Calcutta medical institutions reports 1871-78
Year: 1871
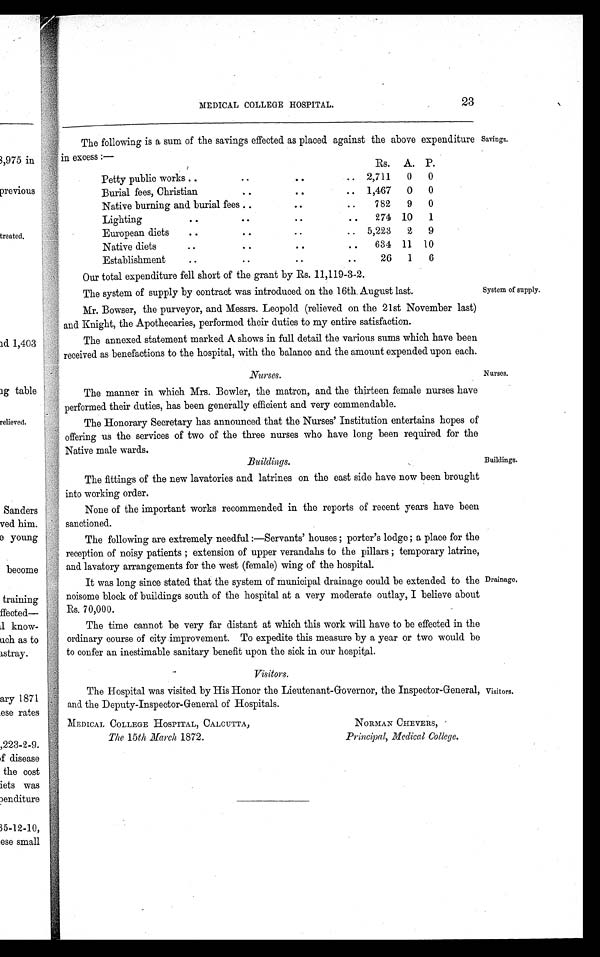
Nurses.
Nurses.
Buildings.
Buildings.
MEDICAL COLLEGE HOSPITAL. 23
The following is a sum of the savings effected as placed against the above expenditure
in excess:—
Rs. A. P.
Petty public works
. .
. .
..
2,711
0
0
Burial fees, Christian
. .
. .
.. 1,467
0
0
Native burning and burial fees . .
. .
..
782
9
0
Lighting
. .
. .
..
274 10
1
European diets
. .
. .
.. 5,223
2
9
Native diets
. .
. .
..
634 11 10
Establishment
. .
. .
..
26
1
6
Our total expenditure fell short of the grant by Rs. 11,119-3-2.
The system of supply by contract was introduced on the 16th August last.
Mr. Bowser, the purveyor, and Messrs. Leopold (relieved on the 21st November last)
and Knight, the Apothecaries, performed their duties to my entire satisfaction.
The annexed statement marked A shows in full detail the various sums which have been
received as benefactions to the hospital, with the balance and the amount expended upon each.
Savings.
System of supply.
The manner in which Mrs. Bowler, the matron, and the thirteen female nurses have
performed their duties, has been generally efficient and very commendable.
The Honorary Secretary has announced that the Nurses' Institution entertains hopes of
offering us the services of two of the three nurses who have long been required for the
Native male wards.
The fittings of the new lavatories and latrines on the east side have now been brought
into working order.
None of the important works recommended in the reports of recent years have been
sanctioned.
The following are extremely needful:—Servants' houses; porter's lodge; a place for the
reception of noisy patients; extension of upper verandahs to the pillars; temporary latrine,
and lavatory arrangements for the west (female) wing of the hospital.
It was long since stated that the system of municipal drainage could be extended to the
noisome block of buildings south of the hospital at a very moderate outlay, I believe about
Rs. 70,000.
The time cannot be very far distant at which this work will have to be effected in the
ordinary course of city improvement. To expedite this measure by a year or two would be
to confer an inestimable sanitary benefit upon the sick in our hospital.
Visitors.
The Hospital was visited by His Honor the Lieutenant-Governor, the Inspector-General,
and the Deputy-Inspector-General of Hospitals.
MEDICAL COLLEGE HOSPITAL, CALCUTTA,
NORMAN CHEVERS,
The 15th March 1872.
Principal, Medical College.
Drainage.
Visitors.